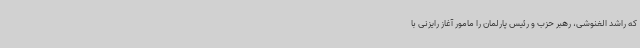
که راشد الغنوشی،‌ رهبر حزب و رئیس پارلمان را مامور آغاز رایزنی با